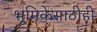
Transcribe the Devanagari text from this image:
भूमिकेसाठीही